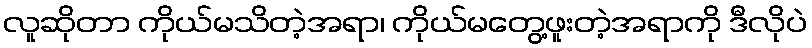
လူဆိုတာ ကိုယ်မသိတဲ့အရာ၊ ကိုယ်မတွေ့ဖူးတဲ့အရာကို ဒီလိုပဲ